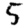
Digit: 5